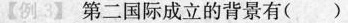
【例3】第二国际成立的背景有( )